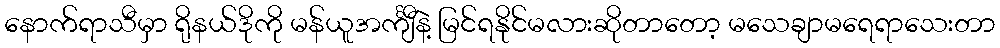
နောက်ရာသီမှာ ရိုနယ်ဒိုကို မန်ယူအင်္ကျီနဲ့ မြင်ရနိုင်မလားဆိုတာတော့ မသေချာမရေရာသေးတာ